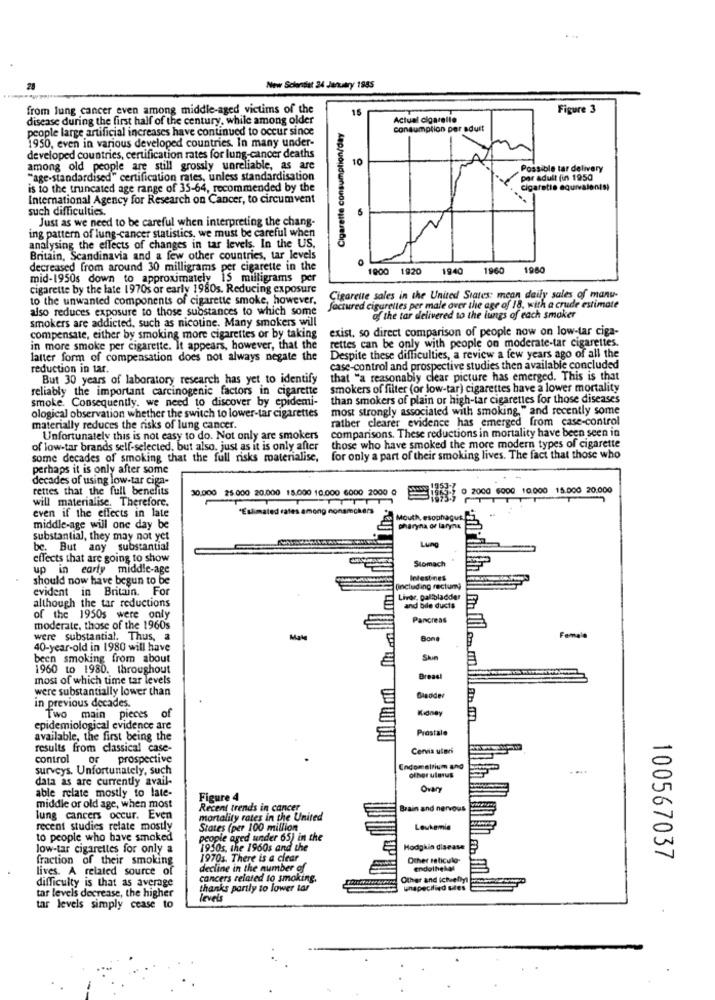
New Scientist 24 January 1985
from lung cancer even among middle-aged victims of the
15
Figure 3
disease during the first half of the century, while among older
Actual cigarette
people large artificial increases have continued to occur since
consumption per adult
1950, even in various developed countries. In many under-
Cigarette consumption
developed countries, certification rates for lung-cancer deaths
10
among old people are still grossly unreliable, as are
Possible tar delivery
"age-standardised" certification rates, unless standardisation
per adult (in 1950
is to the truncated age range of 35-64, recommended by the
cigarette equivalentsi
International Agency for Research on Cancer, to circumvent
such difficulties.
Just as we need to be careful when interpreting the chang-
ing pattern of lung-cancer statistics, we must be careful when
analysing the effects of changes in tar levels. In the US.
Britain, Scandinavia and a few other countries, tar levels
decreased from around 30 milligrams per cigarette in the
1900 1920
1940
1960
1980
mid-1950s down to_approximately 15 milligrams per
cigarette by the late 1970s or early 1980s. Reducing exposure
to the unwanted components of cigarette smoke, however,
Cigarette sales in the United States: mean daily sales of manu-
also reduces exposure to those substances to which some
factured cigarettes per male over the age of 18. with a crude estimate
smokers are addicted, such as nicotine. Many smokers will
of the tar delivered to the lungs of each smaker
exist, so direct comparison of people now on low-tar ciga-
compensate, either by smoking more cigarettes or by taking
rettes can be only with people on moderate-tar cigarettes.
in more smoke per cigarette. It appears, however, that the
latter form of compensation does not always negate the
Despite these difficulties, a review a few years ago of all the
reduction in tar.
case-control and prospective studies then available concluded
But 30 years of laboratory research has yet to identify
that "a reasonably clear picture has emerged. This is that
reliably the important carcinogenic factors in cigarette
smokers of filter (or low-tar) cigarettes have a lower mortality
smoke. Consequently. we need to discover by epidemi-
than smokers of plain or high-tar cigarettes for those diseases
most strongly associated with smoking," and recently some
ological observation whether the switch to lower-tar cigarettes
rather clearer evidence has emerged from case-control
materially reduces the risks of lung cancer.
comparisons. These reductions in mortality have been seen in
Unfortunately this is not easy to do. Not only are smokers
of low-tar brands self-selected, but also, just as it is only after
those who have smoked the more modern types of cigarette
some decades of smoking that the full risks materialise,
for only a part of their smoking lives. The fact that those who
perhaps it is only after some
decades of using low-tar ciga-
rettes that the full benefits
30,000 25 000 20.000 15.000 10.000 6000 2000 @
( 0 2000 6000 10.000 15.000 20.000
will materialise. Therefore.
even if the effects in late
*Estimated rates among nonamchers
Mouth, esophagus.
middle-age will one day be
pharyna or larynx
substantial, they may not yet
Lung
be. But any substantial
effects that are going to show
Stomach
up in early middle-age
should now have begun to be
Intestines
evident in Britain. For
(including rectumy)
although the tar reductions
Liver, gallbladder
and bile ducts
of the 1950s were only
Pancreas
moderate, those of the 1960s
Female
were substantial. Thus, a
Male
Bone
40-year-old in 1980 will have
been smoking from about
1960 to 1980. throughout
most of which time tar levels
Breast
were substantially lower than
in previous decades.
Gladder
Kidney
Two main pieces of
epidemiological evidence are
Prostale
available, the first being the
results from classical case-
Cervix uteri
control or prospective
surveys. Unfortunately, such
Endometrium and
data as are currently avail-
other ulgius
Ovary
able relate mostly to late-
Figure 4
middle or old age, when most
Recent trends in cancer
Brain and nervous
lung cancers occur. Even
mortality rates in the United
recent studies relate mostly
States (per 100 million
Leukemia
to people who have smoked
people aged under 65) in the
low-tar cigarettes for only a
1950s, the 1960s and the
Hodgkin disease
fraction of their smoking
1970s. There is a clear
Other reticulo-
100567037
lives. A related source of
decline in the number of
endothekas
difficulty is that as average
cancers related to smoking.
Other and ichefiyi
thanks partly to lower tar
unspecified sites
tar levels decrease, the higher
levels
tar levels simply cease to